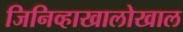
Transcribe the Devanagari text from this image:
जिनिव्हाखालोखाल